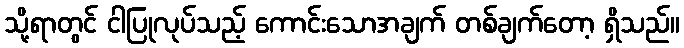
သို့ရာတွင် ငါပြုလုပ်သည့် ကောင်းသောအချက် တစ်ချက်တော့ ရှိသည်။